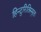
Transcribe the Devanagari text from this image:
हिन्दुरितिस्मृतः